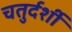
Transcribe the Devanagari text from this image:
चतुर्दर्शी